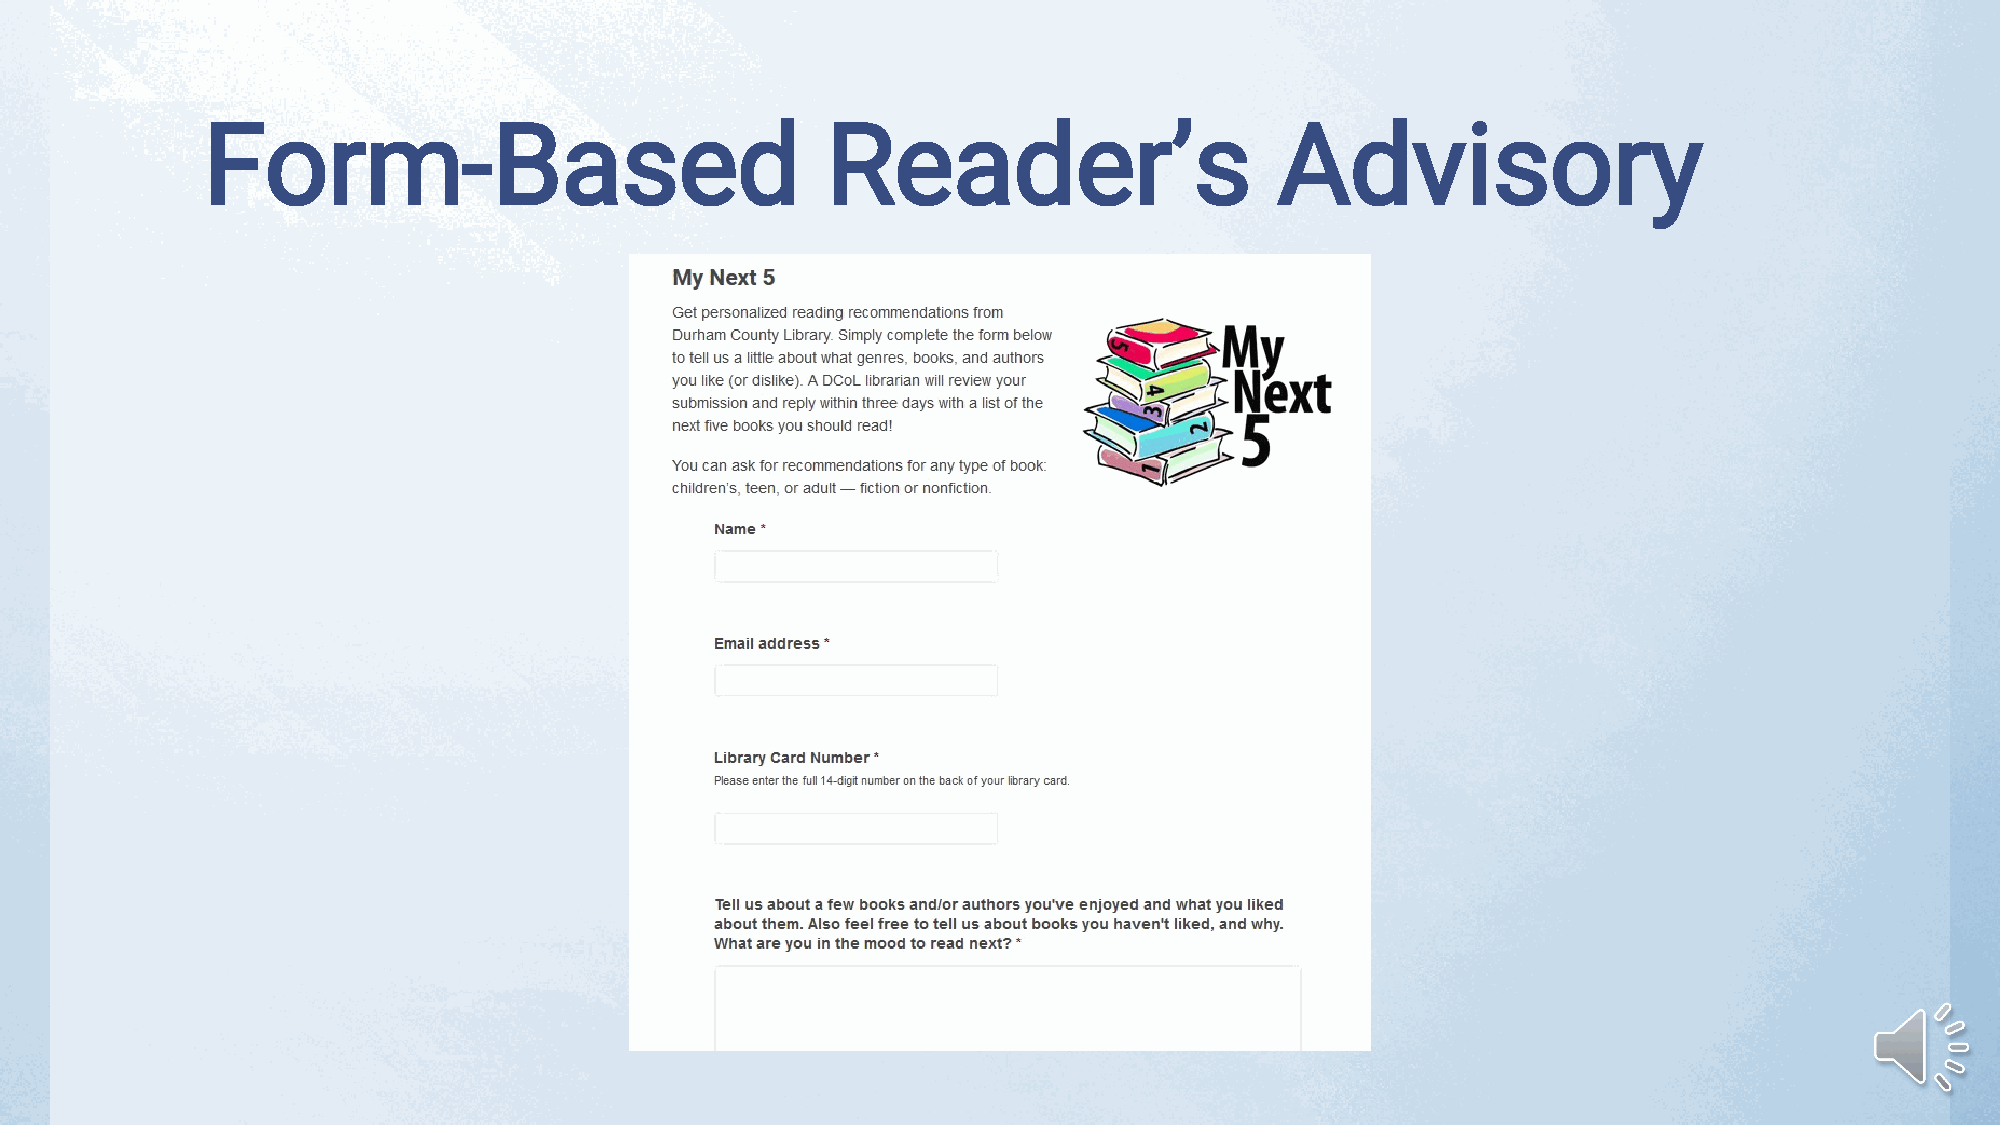
Form-Based                                Reader’s                      Advisory